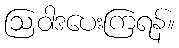
ဩဝါဒပေးကြရန်။